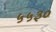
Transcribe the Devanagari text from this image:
५५३०